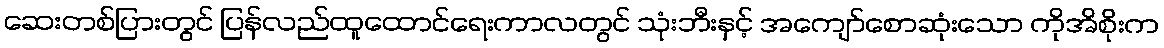
ဆေးတစ်ပြားတွင် ပြန်လည်ထူထောင်ရေးကာလတွင် သုံးဘီးနှင့် အကျော်စောဆုံးသော ကိုအိစိုးက